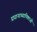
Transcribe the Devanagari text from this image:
प्रधानाध्यापिकाओं